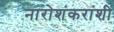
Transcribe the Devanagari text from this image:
नारोशंकरांशी